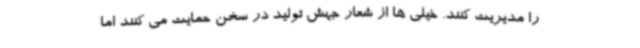
را مدیریت کنند. خیلی ها از شعار جهش تولید در سخن حمایت می کنند اما